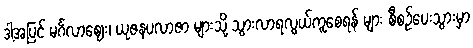
ဒါ့အပြင် မင်္ဂလာဈေး၊ ယုဇနပလာဇာ များသို့ သွားလာရလွယ်ကူစေရန် များ စီစဉ်ပေးသွားမှာ